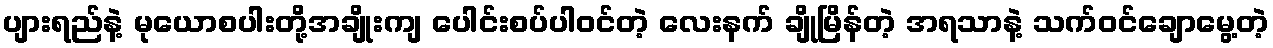
ပျားရည်နဲ့ မုယောစပါးတို့အချိုးကျ ပေါင်းစပ်ပါဝင်တဲ့ လေးနက် ချိုမြိန်တဲ့ အရသာနဲ့ သက်ဝင်ချောမွေ့တဲ့